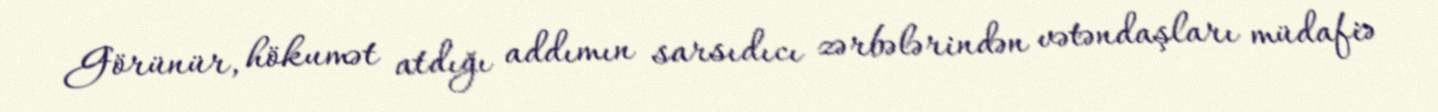
Görünür, hökumət atdığı addımın sarsıdıcı zərbələrindən vətəndaşları müdafiə